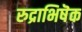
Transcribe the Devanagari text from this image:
रुद्राभिषॆक